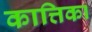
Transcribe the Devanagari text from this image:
कात्तिका